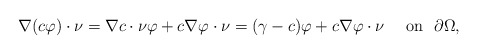
\begin{align*}\nabla(c\varphi)\cdot\nu=\nabla c \cdot \nu \varphi +c\nabla \varphi \cdot \nu =(\gamma-c)\varphi+c\nabla \varphi \cdot \nu \quad\mbox{ on }\,\, \partial\Omega,\end{align*}